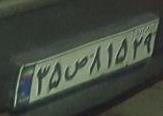
۳۵ص۸۱۵۲۹